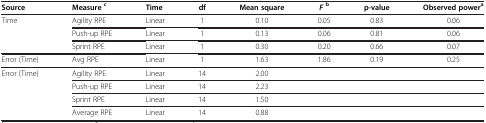
<table><thead><tr><td><b>Source</b></td><td><b>Measure<sup>c</sup></b></td><td><b>Time</b></td><td><b>df</b></td><td><b>Mean square</b></td><td><b><i>F</i><sup>b</sup></b></td><td><b>p-value</b></td><td><b>Observed power<sup>a</sup></b></td></tr></thead><tbody><tr><td rowspan="3">Time</td><td>Agility RPE</td><td>Linear</td><td>1</td><td>0.10</td><td>0.05</td><td>0.83</td><td>0.06</td></tr><tr><td>Push-up RPE</td><td>Linear</td><td>1</td><td>0.13</td><td>0.06</td><td>0.81</td><td>0.06</td></tr><tr><td>Sprint RPE</td><td>Linear</td><td>1</td><td>0.30</td><td>0.20</td><td>0.66</td><td>0.07</td></tr><tr><td>Error (Time)</td><td>Avg RPE</td><td>Linear</td><td>1</td><td>1.63</td><td>1.86</td><td>0.19</td><td>0.25</td></tr><tr><td rowspan="3">Error (Time)</td><td>Agility RPE</td><td>Linear</td><td>14</td><td>2.00</td><td> </td><td> </td><td> </td></tr><tr><td>Push-up RPE</td><td>Linear</td><td>14</td><td>2.23</td><td> </td><td> </td><td> </td></tr><tr><td>Sprint RPE</td><td>Linear</td><td>14</td><td>1.50</td><td> </td><td> </td><td> </td></tr><tr><td> </td><td>Average RPE</td><td>Linear</td><td>14</td><td>0.88</td><td> </td><td> </td><td> </td></tr></tbody></table>